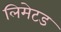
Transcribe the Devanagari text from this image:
लिमेटड